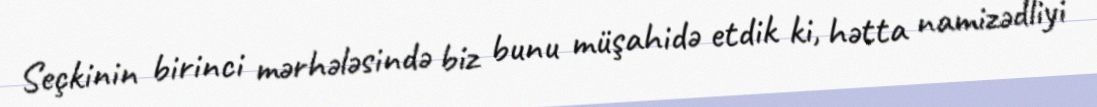
Seçkinin birinci mərhələsində biz bunu müşahidə etdik ki, hətta namizədliyi